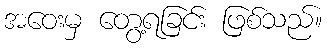
အဝေးမှ တွေ့ရခြင်း ဖြစ်သည်။